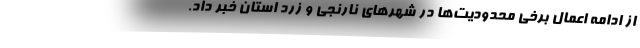
از ادامه اعمال برخی محدودیت‌ها در شهرهای نارنجی و زرد استان خبر داد.